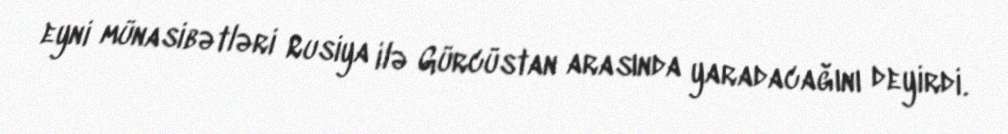
eyni münasibətləri Rusiya ilə Gürcüstan arasında yaradacağını deyirdi.